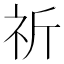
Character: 祈